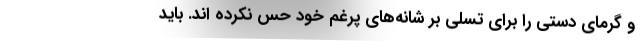
و گرمای دستی را برای تسلی بر شانه‌های پرغم خود حس نکرده اند. باید